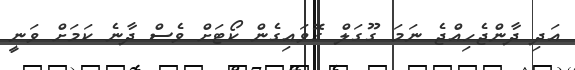
އަދި ދާންޖެހިއްޖެ ނަމަ ގޫގަލް ގޮވައިގެން ކޯޓަށް ވެސް ދާނެ ކަމަށް ވަނީ